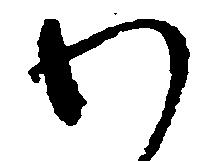
わ